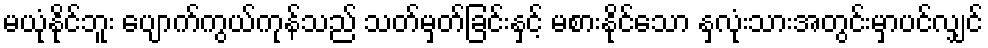
မယုံနိုင်ဘူး ပျောက်ကွယ်ကုန်သည် သတ်မှတ်ခြင်းနှင့် မစားနိုင်သော နှလုံးသားအတွင်းမှာပင်လျှင်